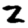
Digit: 2